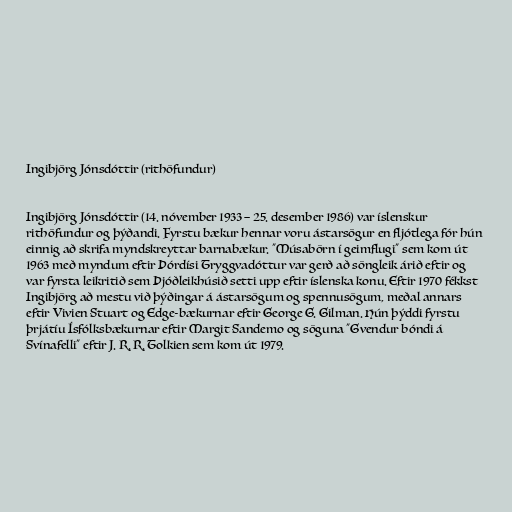
Ingibjörg Jónsdóttir (rithöfundur)

Ingibjörg Jónsdóttir (14. nóvember 1933 − 25. desember 1986) var íslenskur
rithöfundur og þýðandi. Fyrstu bækur hennar voru ástarsögur en fljótlega fór hún
einnig að skrifa myndskreyttar barnabækur. "Músabörn í geimflugi" sem kom út
1963 með myndum eftir Þórdísi Tryggvadóttur var gerð að söngleik árið eftir og
var fyrsta leikritið sem Þjóðleikhúsið setti upp eftir íslenska konu. Eftir 1970 fékkst
Ingibjörg að mestu við þýðingar á ástarsögum og spennusögum, meðal annars
eftir Vivien Stuart og Edge-bækurnar eftir George G. Gilman. Hún þýddi fyrstu
þrjátíu Ísfólksbækurnar eftir Margit Sandemo og söguna "Gvendur bóndi á
Svínafelli" eftir J. R. R. Tolkien sem kom út 1979.